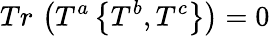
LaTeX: Tr\, \left(T^{a}\left\{ T^{b},T^{c}\right\} \right)=0